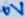
Text: 0V